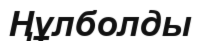
Ңұлболды